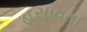
હસાવતા